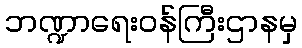
ဘဏ္ဍာရေးဝန်ကြီးဌာနမှ